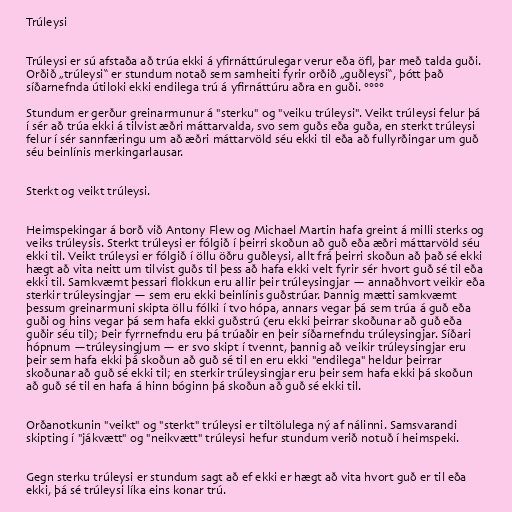
Trúleysi

Trúleysi er sú afstaða að trúa ekki á yfirnáttúrulegar verur eða öfl, þar með talda guði.
Orðið „trúleysi“ er stundum notað sem samheiti fyrir orðið „guðleysi“, þótt það
síðarnefnda útiloki ekki endilega trú á yfirnáttúru aðra en guði. °°°°

Stundum er gerður greinarmunur á "sterku" og "veiku trúleysi". Veikt trúleysi felur þá
í sér að trúa ekki á tilvist æðri máttarvalda, svo sem guðs eða guða, en sterkt trúleysi
felur í sér sannfæringu um að æðri máttarvöld séu ekki til eða að fullyrðingar um guð
séu beinlínis merkingarlausar.

Sterkt og veikt trúleysi.

Heimspekingar á borð við Antony Flew og Michael Martin hafa greint á milli sterks og
veiks trúleysis. Sterkt trúleysi er fólgið í þeirri skoðun að guð eða æðri máttarvöld séu
ekki til. Veikt trúleysi er fólgið í öllu öðru guðleysi, allt frá þeirri skoðun að það sé ekki
hægt að vita neitt um tilvist guðs til þess að hafa ekki velt fyrir sér hvort guð sé til eða
ekki til. Samkvæmt þessari flokkun eru allir þeir trúleysingjar — annaðhvort veikir eða
sterkir trúleysingjar — sem eru ekki beinlínis guðstrúar. Þannig mætti samkvæmt
þessum greinarmuni skipta öllu fólki í tvo hópa, annars vegar þá sem trúa á guð eða
guði og hins vegar þá sem hafa ekki guðstrú (eru ekki þeirrar skoðunar að guð eða
guðir séu til); Þeir fyrrnefndu eru þá trúaðir en þeir síðarnefndu trúleysingjar. Síðari
hópnum —trúleysingjum — er svo skipt í tvennt, þannig að veikir trúleysingjar eru
þeir sem hafa ekki þá skoðun að guð sé til en eru ekki "endilega" heldur þeirrar
skoðunar að guð sé ekki til; en sterkir trúleysingjar eru þeir sem hafa ekki þá skoðun
að guð sé til en hafa á hinn bóginn þá skoðun að guð sé ekki til.

Orðanotkunin "veikt" og "sterkt" trúleysi er tiltölulega ný af nálinni. Samsvarandi
skipting í "jákvætt" og "neikvætt" trúleysi hefur stundum verið notuð í heimspeki.

Gegn sterku trúleysi er stundum sagt að ef ekki er hægt að vita hvort guð er til eða
ekki, þá sé trúleysi líka eins konar trú.